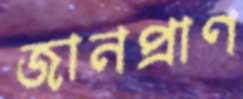
জানপ্রাণ